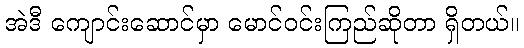
အဲဒီ ကျောင်းဆောင်မှာ မောင်ဝင်းကြည်ဆိုတာ ရှိတယ်။